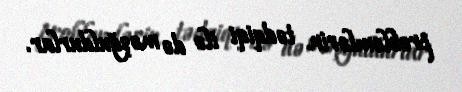
problemlərin tədqiqi ilə də məşğuldurlar.